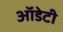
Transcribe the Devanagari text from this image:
ऑडेटी